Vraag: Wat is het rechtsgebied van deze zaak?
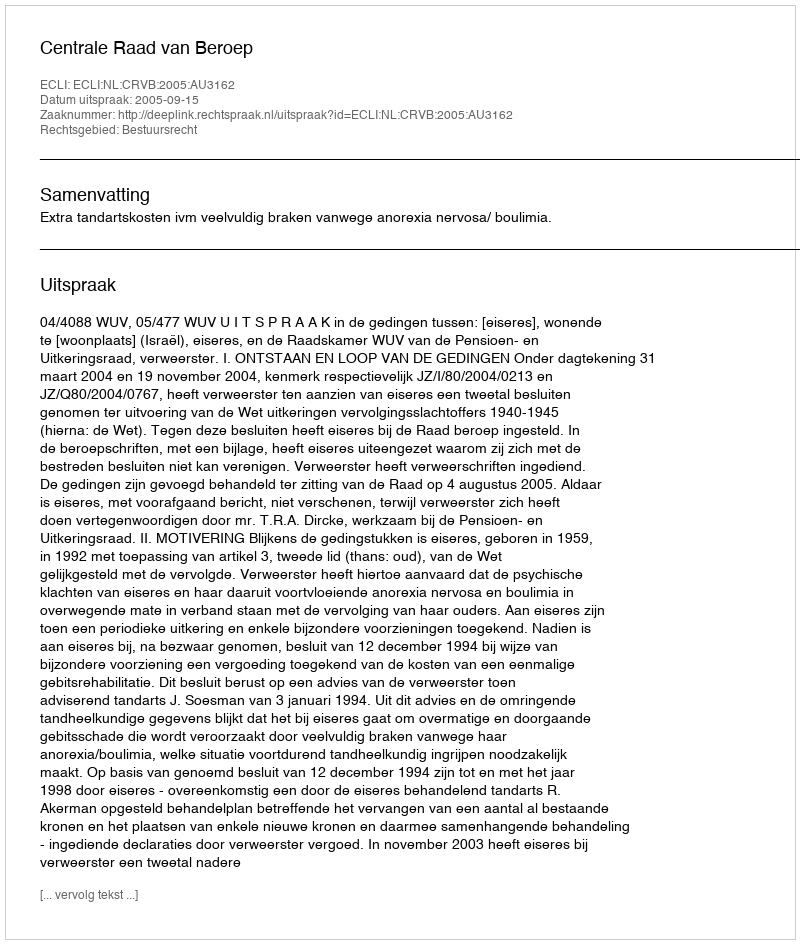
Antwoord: Bestuursrecht